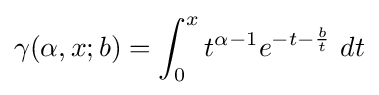
\gamma (\alpha ,x;b)=\int _{0}^{x}t^{\alpha -1}e^{-t-{\frac {b}{t}}}~dt